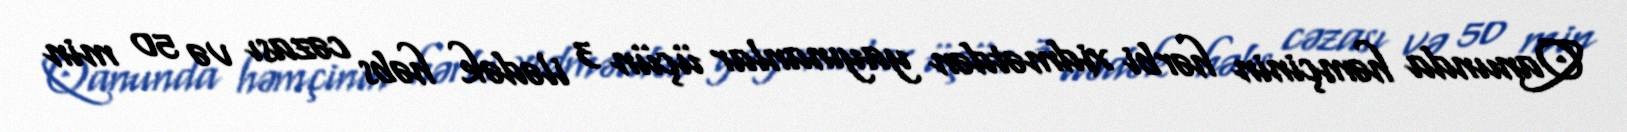
Qanunda həmçinin hərbi xidmətdən yayınanlar üçün 3 ilədək həbs cəzası və 50 min